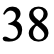
38